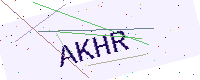
Text: AKHR